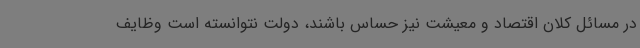
در مسائل کلان اقتصاد و معیشت نیز حساس باشند، دولت نتوانسته است وظایف